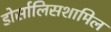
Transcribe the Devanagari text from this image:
डोर्सालिसशामिल